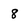
Character: 8